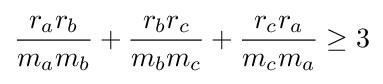
{\frac {r_{a}r_{b}}{m_{a}m_{b}}}+{\frac {r_{b}r_{c}}{m_{b}m_{c}}}+{\frac {r_{c}r_{a}}{m_{c}m_{a}}}\geq 3